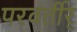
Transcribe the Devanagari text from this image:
परवर्तीर्